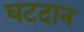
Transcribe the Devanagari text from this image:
घटदान